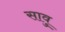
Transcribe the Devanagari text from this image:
सावु